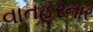
વાતહરનાર